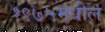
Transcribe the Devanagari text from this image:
१९७५मधील